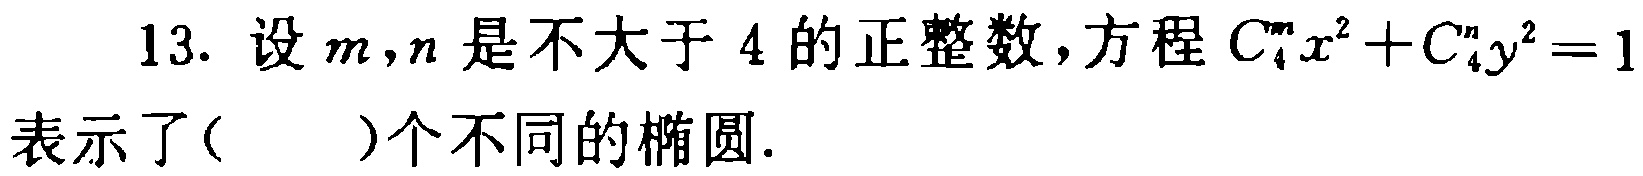
13. 设\(m,n\)是不大于\(4\)的正整数，方程\(C_{4}^{m}x^{2}+C_{4}^{n}y^{2}=1\)表示了( )个不同的椭圆.